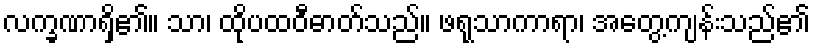
လက္ခဏာရှိ၏။ သာ၊ ထိုပထဝီဓာတ်သည်။ ဖရုသာကာရာ၊ အတွေ့ကျန်းသည်၏